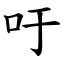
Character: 吁